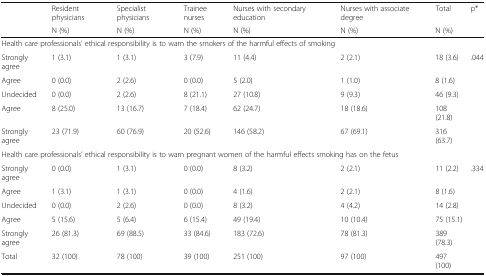
<table><thead><tr><td rowspan="2"></td><td><b>Resident physicians</b></td><td><b>Specialist physicians</b></td><td><b>Trainee nurses</b></td><td><b>Nurses with secondary education</b></td><td><b>Nurses with associate degree</b></td><td><b>Total</b></td><td rowspan="2"><b>p*</b></td></tr><tr><td><b>N (%)</b></td><td><b>N (%)</b></td><td><b>N (%)</b></td><td><b>N (%)</b></td><td><b>N (%)</b></td><td><b>N (%)</b></td></tr></thead><tbody><tr><td colspan="8">Health care professionals’ ethical responsibility is to warn the smokers of the harmful effects of smoking</td></tr><tr><td>Strongly agree</td><td>1 (3.1)</td><td>1 (3.1)</td><td>3 (7.9)</td><td>11 (4.4)</td><td>2 (2.1)</td><td>18 (3.6)</td><td rowspan="5">.044</td></tr><tr><td>Agree</td><td>0 (0.0)</td><td>2 (2.6)</td><td>0 (0.0)</td><td>5 (2.0)</td><td>1 (1.0)</td><td>8 (1.6)</td></tr><tr><td>Undecided</td><td>0 (0.0)</td><td>2 (2.6)</td><td>8 (21.1)</td><td>27 (10.8)</td><td>9 (9.3)</td><td>46 (9.3)</td></tr><tr><td>Agree</td><td>8 (25.0)</td><td>13 (16.7)</td><td>7 (18.4)</td><td>62 (24.7)</td><td>18 (18.6)</td><td>108 (21.8)</td></tr><tr><td>Strongly agree</td><td>23 (71.9)</td><td>60 (76.9)</td><td>20 (52.6)</td><td>146 (58.2)</td><td>67 (69.1)</td><td>316 (63.7)</td></tr><tr><td colspan="8">Health care professionals’ ethical responsibility is to warn pregnant women of the harmful effects smoking has on the fetus</td></tr><tr><td>Strongly agree</td><td>0 (0.0)</td><td>1 (3.1)</td><td>0 (0.0)</td><td>8 (3.2)</td><td>2 (2.1)</td><td>11 (2.2)</td><td rowspan="5">.334</td></tr><tr><td>Agree</td><td>1 (3.1)</td><td>1 (3.1)</td><td>0 (0.0)</td><td>4 (1.6)</td><td>2 (2.1)</td><td>8 (1.6)</td></tr><tr><td>Undecided</td><td>0 (0.0)</td><td>2 (2.6)</td><td>0 (0.0)</td><td>8 (3.2)</td><td>4 (4.2)</td><td>14 (2.8)</td></tr><tr><td>Agree</td><td>5 (15.6)</td><td>5 (6.4)</td><td>6 (15.4)</td><td>49 (19.4)</td><td>10 (10.4)</td><td>75 (15.1)</td></tr><tr><td>Strongly agree</td><td>26 (81.3)</td><td>69 (88.5)</td><td>33 (84.6)</td><td>183 (72.6)</td><td>78 (81.3)</td><td>389 (78.3)</td></tr><tr><td>Total</td><td>32 (100)</td><td>78 (100)</td><td>39 (100)</td><td>251 (100)</td><td>97 (100)</td><td>497 (100)</td><td></td></tr></tbody></table>